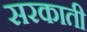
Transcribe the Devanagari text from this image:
सरकाती